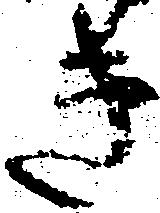
き